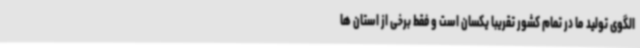
الگوی تولید ما در تمام کشور تقریبا یکسان است و فقط برخی از استان ها